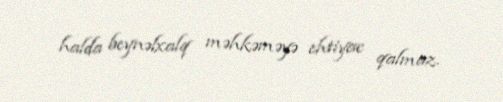
halda beynəlxalq məhkəməyə ehtiyac qalmaz.